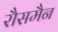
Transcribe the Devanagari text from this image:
रौसमैन